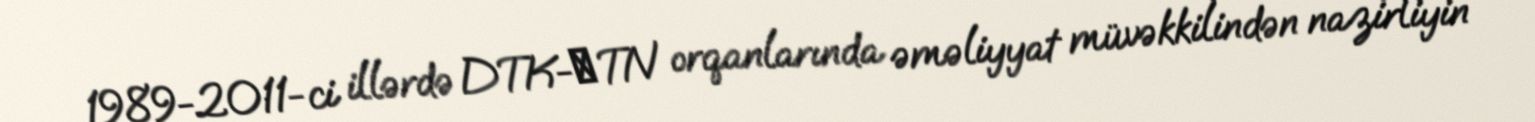
1989-2011-ci illərdə DTK-МTN orqanlarında əməliyyat müvəkkilindən nazirliyin